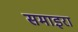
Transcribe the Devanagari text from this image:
समाइरा